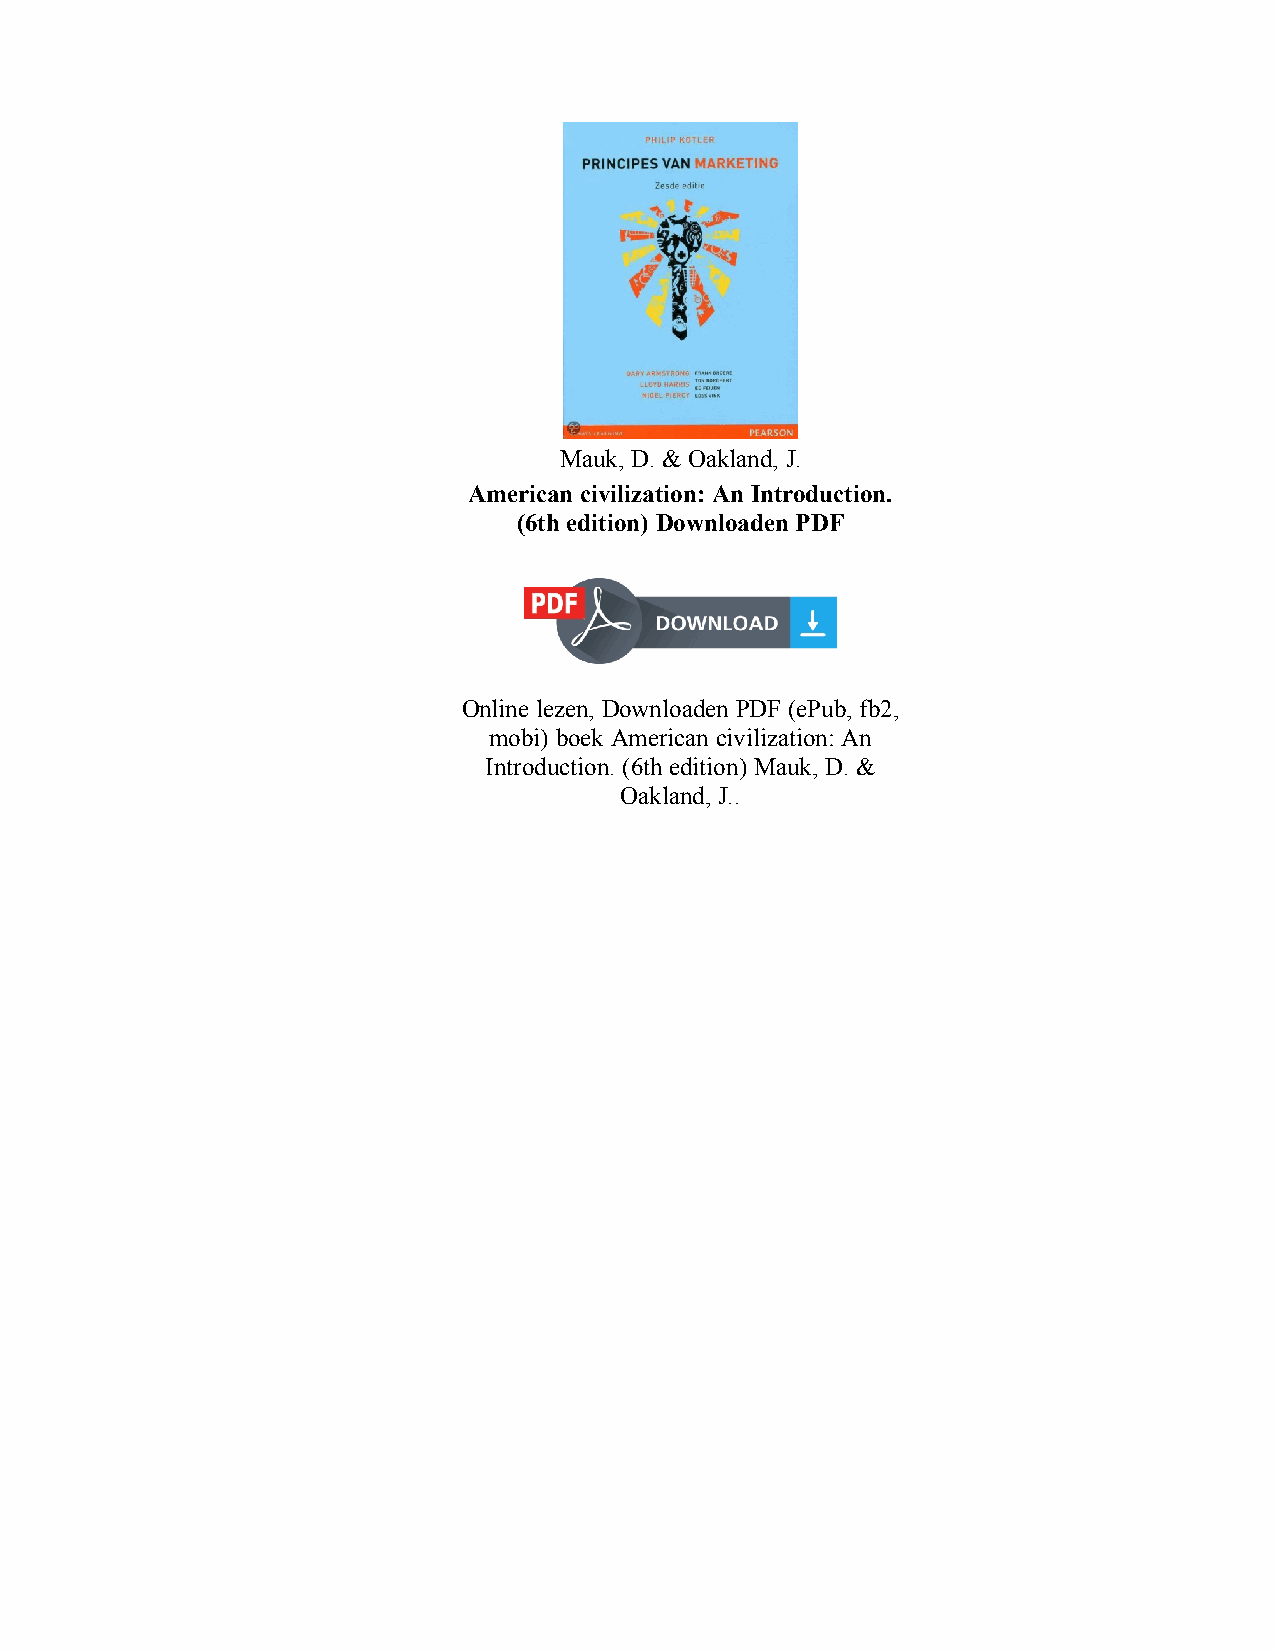
Mauk, D. & Oakland, J.
 American civilization: An Introduction.
 (6th edition) Downloaden PDF
 Online lezen, Downloaden PDF (ePub, fb2,
 mobi) boek American civilization: An
 Introduction. (6th edition) Mauk, D. &
 Oakland, J..